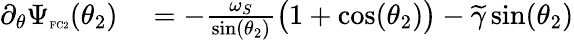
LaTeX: \begin{array}{rl}{\partial_{\theta}\Psi_{\textnormal{\tiny{FC2}}}(\theta_{2})}&{{}=-\frac{\omega_{S}}{\sin(\theta_{2})}\big(1+\cos(\theta_{2})\big)-\widetilde{\gamma}\sin(\theta_{2})}\end{array}